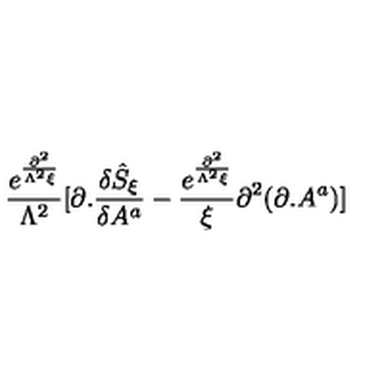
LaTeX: \frac { e ^ { \frac { \partial ^ { 2 } } { \Lambda ^ { 2 } \xi } } } { \Lambda ^ { 2 } } [ \partial . \frac { \delta { \hat { S } } _ { \xi } } { \delta A ^ { a } } - \frac { e ^ { \frac { \partial ^ { 2 } } { \Lambda ^ { 2 } \xi } } } { \xi } \partial ^ { 2 } ( \partial . A ^ { a } ) ]